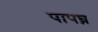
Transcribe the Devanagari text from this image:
पापघ्न